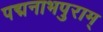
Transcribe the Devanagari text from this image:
पद्मनाभपुराम्